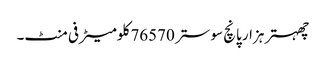
چھہتر ہزار پانچ سو ستر 76570 کلومیٹر فی منٹ۔